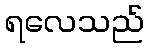
ရလေသည်